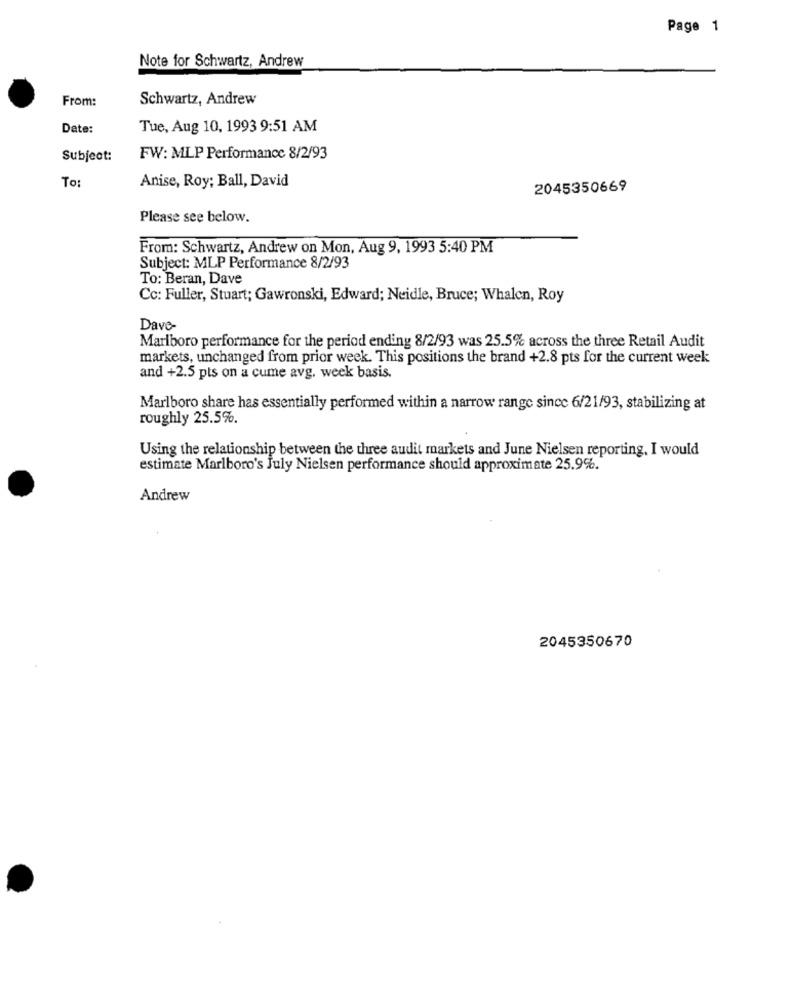
Page 1
Note for Schwartz, Andrew
From:
Schwartz, Andrew
Date:
Tue, Aug 10, 1993 9:51 AM
Subject:
FW: MLP Performance 8/2/93
To:
Anise, Roy; Ball, David
2045350669
Please see below.
From: Schwartz, Andrew on Mon, Aug 9, 1993 5:40 PM
Subject: MLP Performance 8/2/93
To: Beran, Dave
Cc: Fuller, Stuart; Gawronski, Edward; Neidle, Bruce; Whalen, Roy
Dave-
Marlboro performance for the period ending 8/2/93 was 25.5% across the three Retail Audit
markets, unchanged from prior week. This positions the brand +2.8 pts for the current week
and +2.5 pts on a cume avg, week basis.
Marlboro share has essentially performed within a narrow range since 6/21/93, stabilizing at
roughly 25.5%.
Using the relationship between the three audit markets and June Nielsen reporting. I would
estimate Marlboro's July Nielsen performance should approximate 25.9%.
Andrew
2045350670